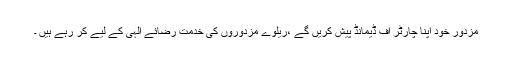
مزدور خود اپنا چارٹر آف ڈیمانڈ پیش کریں گے ،ریلوے مزدوروں کی خدمت رضائے الٰہی کے لیے کر رہے ہیں ۔